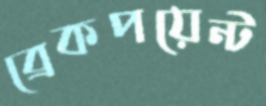
ব্রেকপয়েন্ট